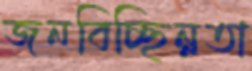
জনবিচ্ছিন্নতা